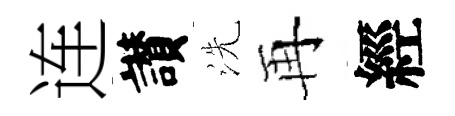
连讃洗再經